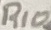
Text: R10